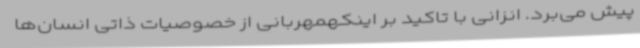
پیش می‌برد. انزانی با تاکید بر اینکهمهربانی از خصوصیات ذاتی انسان‌ها